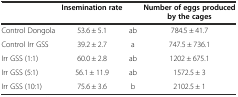
|  | Insemination rate |  | Number of eggs produced by the cages |
 | --- | --- | --- | --- |
 | Control Dongola | 53.6 ± 5.1 | ab | 784.5 ± 41.7 |
 | Control Irr GSS | 39.2 ± 2.7 | a | 747.5 ± 736.1 |
 | Irr GSS (1:1) | 60.0 ± 2.8 | ab | 1202 ± 675.1 |
 | Irr GSS (5:1) | 56.1 ± 11.9 | ab | 1572.5 ± 3 |
 | Irr GSS (10:1) | 75.6 ± 3.6 | b | 2102.5 ± 1 |